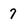
Character: 7